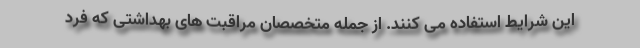
این شرایط استفاده می کنند. از جمله متخصصان مراقبت های بهداشتی که فرد